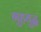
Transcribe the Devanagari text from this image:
गुहयुद्ध